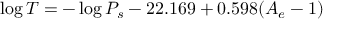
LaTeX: \log T = - \log P _ { s } - 2 2 . 1 6 9 + 0 . 5 9 8 ( A _ { e } - 1 )